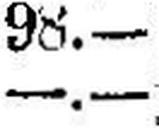
—.—